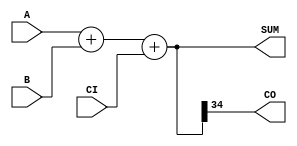
module DW01_add1_1 (A,B,CI,SUM,CO);
  parameter width=8'b00100011;
  output [width-1 : 0] SUM;
  output CO;
  input [width-1 : 0] A;
  input [width-1 : 0] B;
  input CI;
  wire [width-1 : 0] SUM;
  reg [width-2 : 0] sum_temp;
  reg CO;
  reg c_out;
	assign SUM = {CO, sum_temp};
always @(A or B or CI)
  begin
    {CO, sum_temp} = A+B+CI;
  end
endmodule